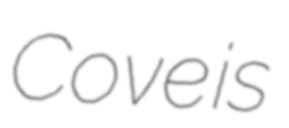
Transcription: Cove is